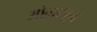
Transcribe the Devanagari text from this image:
ओळ्खून